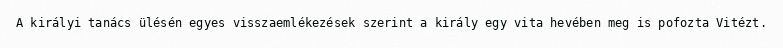
A királyi tanács ülésén egyes visszaemlékezések szerint a király egy vita hevében meg is pofozta Vitézt.